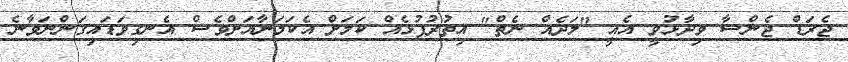
ޖެރަޑް ޖެންސާ ވިދާޅުވީ އެއީ "ލަދެއް ނެތް" އިތުރުފުޅެއް ކަމަށް އެކަމަނާއަށްވެސް އެނގިވަޑައިގަންނަވާނެ